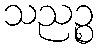
သညဉ္စ